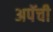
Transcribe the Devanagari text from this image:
अपॅची